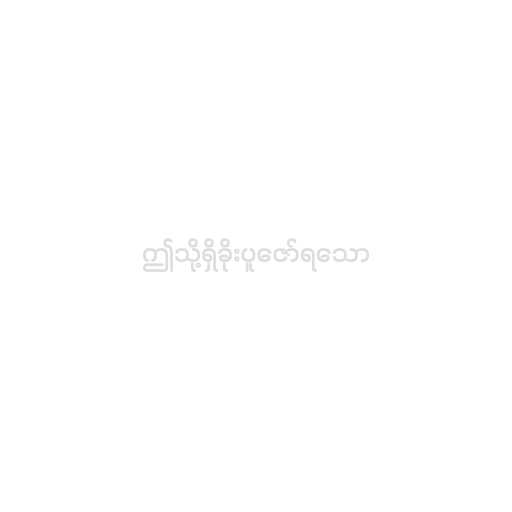
ဤသို့ရှိခိုးပူဇော်ရသော